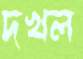
দখল